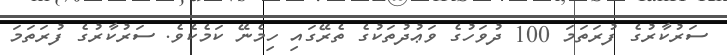
ސަރުކާރުގެ ފުރަތަމަ 100 ދުވަހުގެ ވަޢުދުތަކުގެ ތެރޭގައި ހިމެނޭ ކަމެކެވެ. ސަރުކާރުގެ ފުރަތަމަ